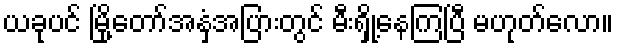
ယခုပင် မြို့တော်အနှံ့အပြားတွင် မီးရှို့နေကြပြီ မဟုတ်လော။